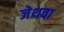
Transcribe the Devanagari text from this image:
जेथवा